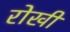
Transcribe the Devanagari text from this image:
रोखी